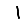
Digit: 1